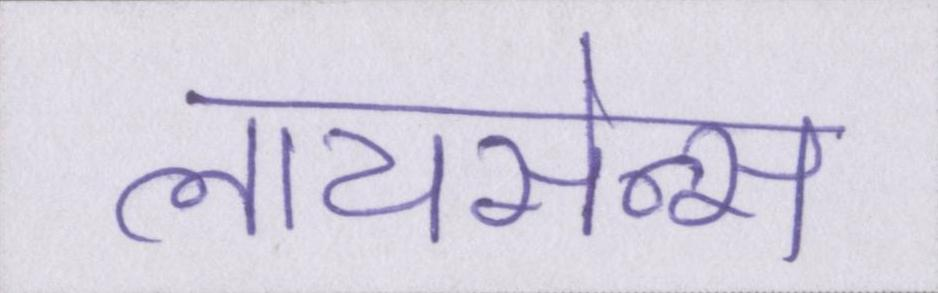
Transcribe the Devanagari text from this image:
लायसेन्स